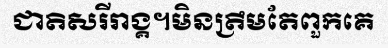
ជាតិសរីរាង្គ។មិនត្រឹមតែពួកគេ